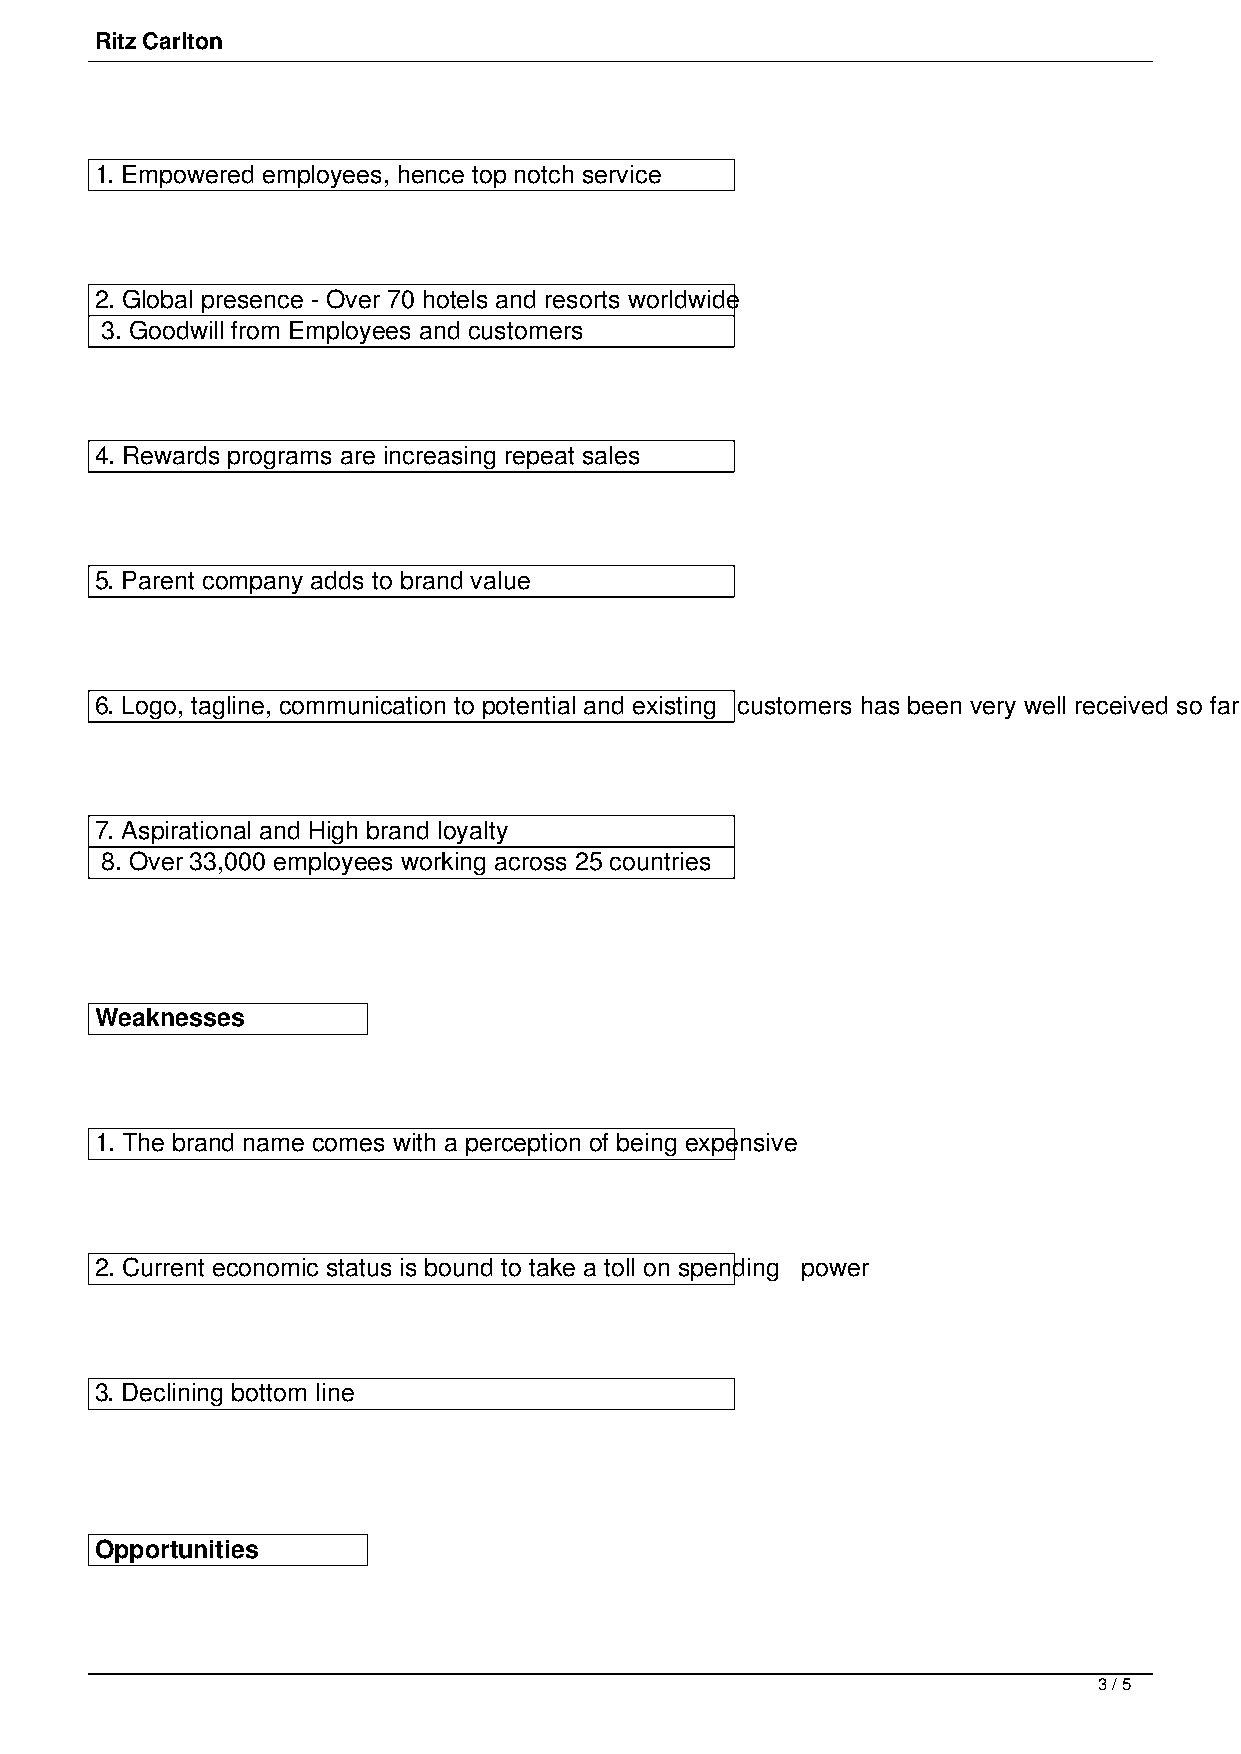
Ritz Carlton
 1. Empowered employees, hence top notch service
 2. Global presence - Over 70 hotels and resorts worldwide
 3. Goodwill from Employees and customers
 4. Rewards programs are increasing repeat sales
 5. Parent company adds to brand value
 6. Logo, tagline, communication to potential and existing customers has been very well received so far
 7. Aspirational and High brand loyalty
 8. Over 33,000 employees working across 25 countries
 Weaknesses
 1. The brand name comes with a perception of being expensive
 2. Current economic status is bound to take a toll on spending power
 3. Declining bottom line
 Opportunities
 3 / 5